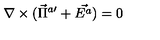
\nabla \times ( \vec { \Pi } ^ { a \prime } + \vec { E ^ { a } } ) = 0